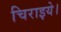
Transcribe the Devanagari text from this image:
चिराइये।